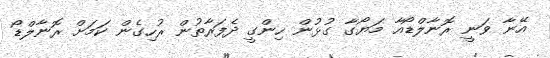
އޭނާ ވަނީ ރޮނާލްޑޯއާ މަޔޯގާ ގުޅުން ހިންގީ ދެފަރާތުން ރުހިގެން ކަމަށް ރޮނާލްޑޯ